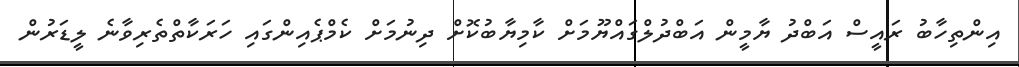
އިންތިހާބު ރައީސް އަބްދު ޔާމީން އަބްދުލްގައްޔޫމަށް ކާމިޔާބުކޮށް ދިނުމަށް ކެމްޕެއިންގައި ހަރަކާތްތެރިވާނެ ލީޑަރުން